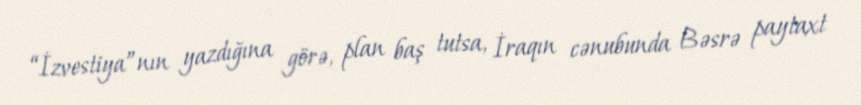
“İzvestiya”nın yazdığına görə, plan baş tutsa, İraqın cənubunda Bəsrə paytaxt